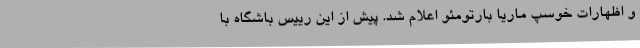
و اظهارات خوسپ ماریا بارتومئو اعلام شد. پیش از این رییس باشگاه با